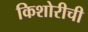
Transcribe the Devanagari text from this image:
किशोरीची